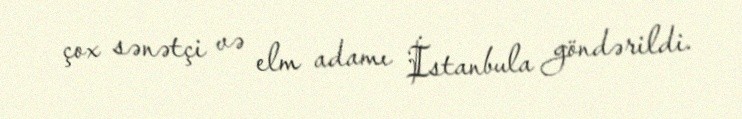
çox sənətçi və elm adamı İstanbula göndərildi.